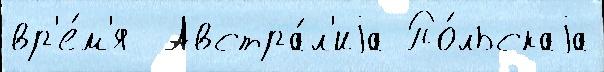
вр'е́м'я  Австра́л'иjа По́льскаjа